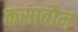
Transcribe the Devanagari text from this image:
कसाबौम